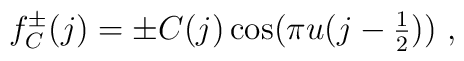
f^{\pm}_C (j) = \pm C (j)   \cos (\pi u ( j - \textstyle \frac{1}{2})) ~,